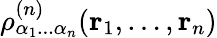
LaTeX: \rho_{\alpha_{1}...\alpha_{n}}^{(n)}(\mathbf{r}_{1},\ldots,\mathbf{r}_{n})